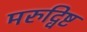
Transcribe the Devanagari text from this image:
मरुद्विष्ट